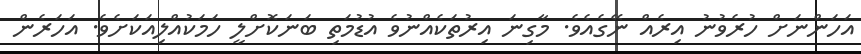
އަހަންނަށް ހުރެވުނު އިރެއް ނޭގެއެވެ. މާގިނަ އިރުތަކެއްނުވެ އުޑުމަތި ބަނަކޮށްލީ ހަމަކުއްލިއަކަށެވެ. އަހަރެން